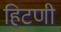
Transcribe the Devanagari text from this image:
हिटणी